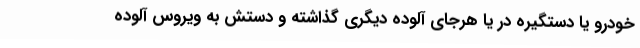
خودرو یا دستگیره در یا هرجای آلوده دیگری گذاشته و دستش به ویروس آلوده